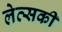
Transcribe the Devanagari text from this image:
लेव्‍सकी